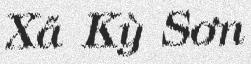
Xã Kỳ Sơn